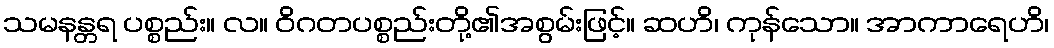
သမနန္တရ ပစ္စည်း။ လ။ ဝိဂတပစ္စည်းတို့၏အစွမ်းဖြင့်။ ဆဟိ၊ ကုန်သော။ အာကာရေဟိ၊